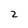
Character: 2